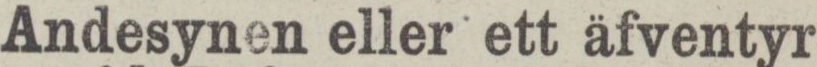
Andesynen eller ett äfventyr